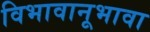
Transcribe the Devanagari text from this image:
विभावानूभावा